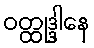
ဝတ္ထုဒ္ဒါနေ